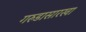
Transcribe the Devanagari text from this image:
गरुडासारखा